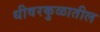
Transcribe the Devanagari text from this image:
धीवरकुळातील